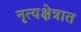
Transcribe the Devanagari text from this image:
नृत्यक्षेत्रात